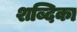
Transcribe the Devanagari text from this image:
शब्दिका